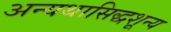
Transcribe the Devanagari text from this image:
अन्यथासिद्धशून्य